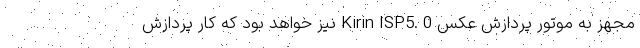
مجهز به موتور پردازش عکس Kirin ISP5. 0 نیز خواهد بود که کار پردازش